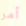
أمر